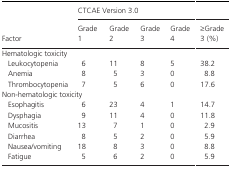
<table><thead><tr><td></td><td colspan="5"><b>CTCAE Version 3.0</b></td></tr><tr><td><b>Factor</b></td><td><b>Grade 1</b></td><td><b>Grade 2</b></td><td><b>Grade 3</b></td><td><b>Grade 4</b></td><td><b>≥Grade 3 (%)</b></td></tr></thead><tbody><tr><td colspan="6">Hematologic toxicity</td></tr><tr><td>Leukocytopenia</td><td>6</td><td>11</td><td>8</td><td>5</td><td>38.2</td></tr><tr><td>Anemia</td><td>8</td><td>5</td><td>3</td><td>0</td><td>8.8</td></tr><tr><td>Thrombocytopenia</td><td>7</td><td>5</td><td>6</td><td>0</td><td>17.6</td></tr><tr><td colspan="6">Non‐hematologic toxicity</td></tr><tr><td>Esophagitis</td><td>6</td><td>23</td><td>4</td><td>1</td><td>14.7</td></tr><tr><td>Dysphagia</td><td>9</td><td>11</td><td>4</td><td>0</td><td>11.8</td></tr><tr><td>Mucositis</td><td>13</td><td>7</td><td>1</td><td>0</td><td>2.9</td></tr><tr><td>Diarrhea</td><td>8</td><td>5</td><td>2</td><td>0</td><td>5.9</td></tr><tr><td>Nausea/vomiting</td><td>18</td><td>8</td><td>3</td><td>0</td><td>8.8</td></tr><tr><td>Fatigue</td><td>5</td><td>6</td><td>2</td><td>0</td><td>5.9</td></tr></tbody></table>